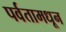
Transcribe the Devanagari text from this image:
पर्वतामधून